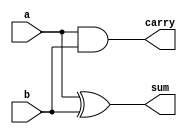
module half_adder(a,b,sum,carry);
   input a, b;
   output sum, carry;
   assign sum = a ^ b;
   assign carry = a & b;
endmodule


module full_adder(a, b, cin, sum, cout);
   input a, b, cin;
   output sum, cout;
   wire   t1, t2;
   half_adder h(a, b, t1, t2);
   assign cout = t1 & cin;
   assign sum = t1 ^ cin;
   assign cout = t2 | cout;
endmodule

module ripple_carry_adder(input1, input2, answer);
   input [31:0] input1, input2;
   output [31:0] answer;
   wire [31:0]   carry;
   full_adder fa(input1[0], input2[0], 1'b0, answer[0], carry[0]);
   genvar i;
   generate
      for(i = 1; i <= 31; i = i + 1)
        begin : my_mabel
           full_adder fb(input1[i], input2[i], carry[i-1], answer[i], carry[i]);
        end
   endgenerate
endmodule